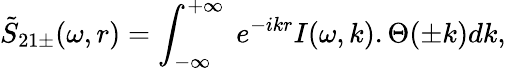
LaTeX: \tilde{S}_{21\pm}(\omega,r)=\int_{-\infty}^{+\infty}~e^{-ikr}I(\omega,k).\Theta(\pm k)dk,